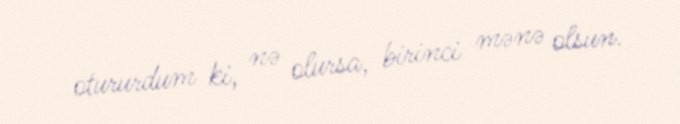
otururdum ki, nə olursa, birinci mənə olsun.